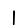
Digit: 1